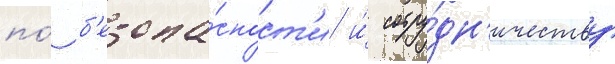
по́ б'езопа́сност'и и́ сотру́дн'ичеству